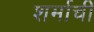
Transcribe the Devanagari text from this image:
शर्माची